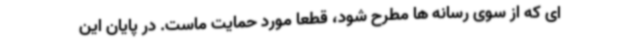
ای که از سوی رسانه ها مطرح شود، قطعا مورد حمایت ماست. در پایان این